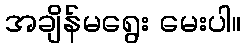
အချိန်မရွေး မေးပါ။